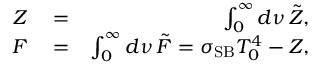
\begin{array} { r l r } { Z } & { { } = } & { \int _ { 0 } ^ { \infty } d \nu \, \tilde { Z } , } \\ { F } & { { } = } & { \int _ { 0 } ^ { \infty } d \nu \, \tilde { F } = \sigma _ { \mathrm { S B } } T _ { 0 } ^ { 4 } - Z , } \end{array}